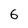
Character: 6